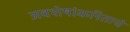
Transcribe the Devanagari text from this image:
अवशेषांकरिताचे